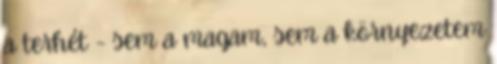
a terhét - sem a magam, sem a környezetem